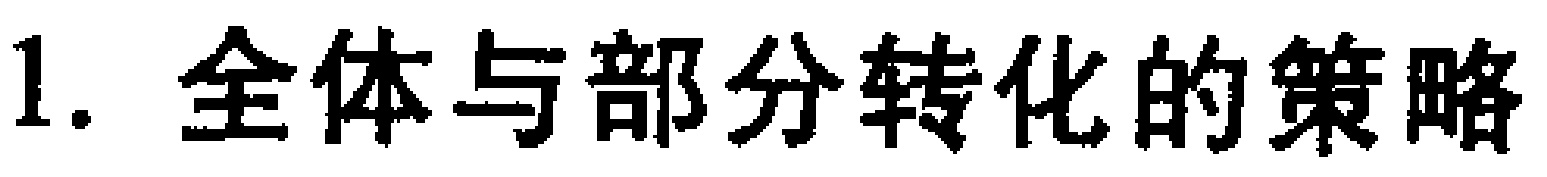
1. 全体与部分转化的策略